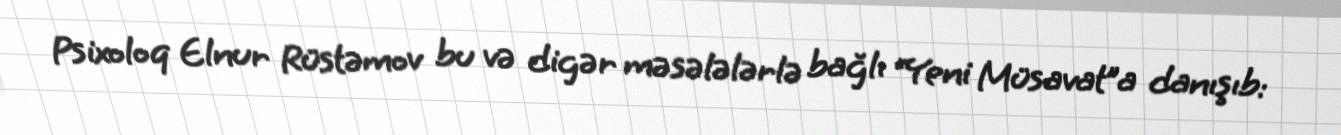
Psixoloq Elnur Rüstəmov bu və digər məsələlərlə bağlı “Yeni Müsavat”a danışıb: